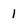
Character: 1